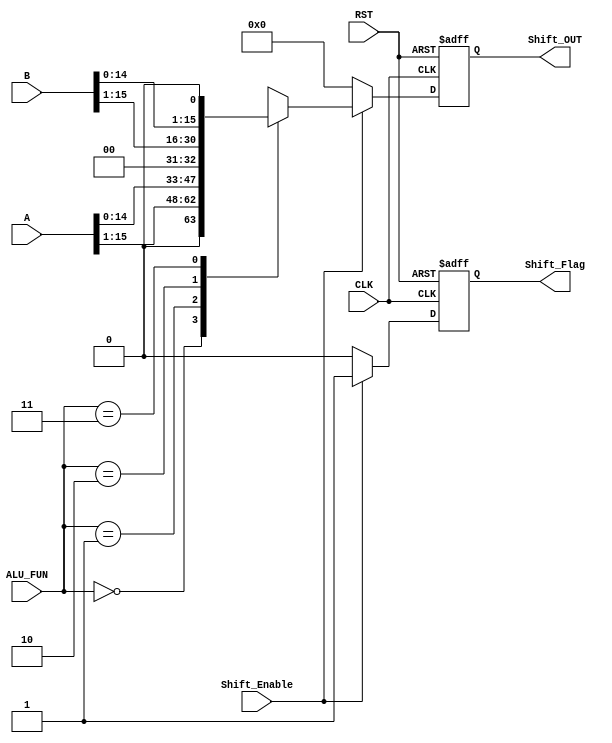
module SHIFT_UNIT #(parameter IN_WIDTH = 16,parameter OUT_WIDTH = 16)
(
    input wire [IN_WIDTH-1:0] A,B,
    input wire [1:0]      ALU_FUN,
    input wire CLK, RST,
    input wire Shift_Enable,
    output reg [OUT_WIDTH-1:0] Shift_OUT,
    output reg Shift_Flag  
);
always @(posedge CLK,negedge RST)
begin
    if (!RST)
    begin
        Shift_OUT <= 'b0;
        Shift_Flag <= 1'b0;
    end
    else if (Shift_Enable)
    begin
        Shift_Flag = Shift_Enable;
        case(ALU_FUN)
            2'b00:
            begin
                Shift_OUT <= A >> 1;
            end
            2'b01:
            begin
                Shift_OUT <= A << 1;
            end
            2'b10:
            begin
                Shift_OUT <= B >> 1;
            end
            2'b11:
            begin
                Shift_OUT <= B << 1;
            end
            default
            begin
                Shift_OUT <= 'b0;
            end
        endcase
    end
    else
    begin
        Shift_OUT <= 'b0;
        Shift_Flag <= 1'b0;
    end
end
endmodule